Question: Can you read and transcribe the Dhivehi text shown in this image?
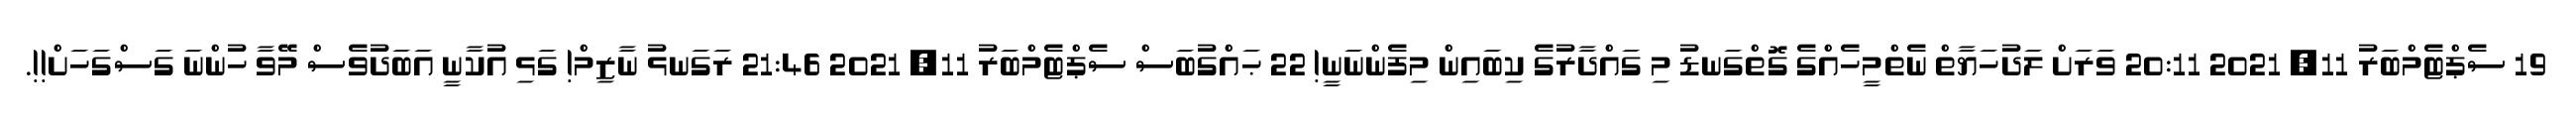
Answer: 19 ސެޕްޓެމްބަރު 11, 2021 20:11 ވަރަށް ލަދުހަޔާތް ނެތްމީހެއްގެ ގޮތްގަނޑު މި ގައްދާރުގެ ކިބައިން މިފެންނަނީ! 22 ޙައްގުބަސް ސެޕްޓެމްބަރު 11, 2021 21:46 ރަގަނޅު ނާޒިމް! ގަޅި އުކާނީ އަބަދުވެސް މޭވާ ހުންނަ ގަސްގަހަށް!!.